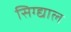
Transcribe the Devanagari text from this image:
सिग्द्याल